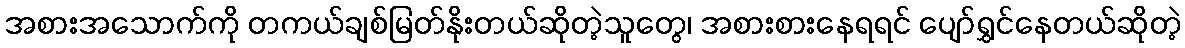
အစားအသောက်ကို တကယ်ချစ်မြတ်နိုးတယ်ဆိုတဲ့သူတွေ၊ အစားစားနေရရင် ပျော်ရွှင်နေတယ်ဆိုတဲ့